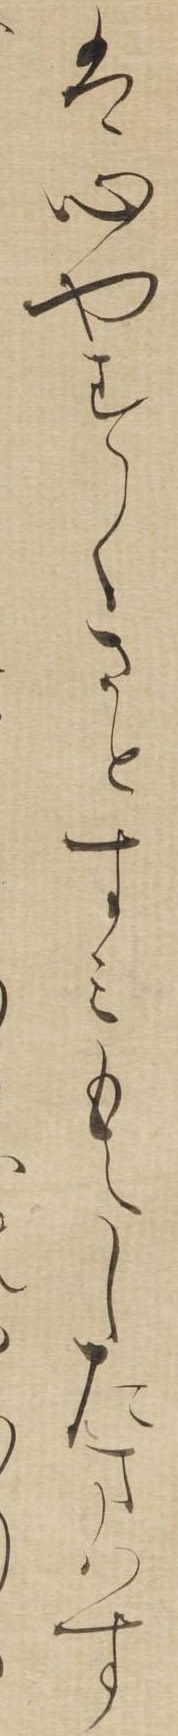
は心やすくさとすみもえしたまはす